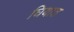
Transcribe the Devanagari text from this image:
घियात